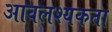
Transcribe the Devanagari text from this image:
आवलश्यकता